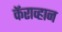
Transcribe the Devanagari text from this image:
कॅराव्हान